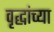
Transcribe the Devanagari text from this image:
वृद्धांच्या